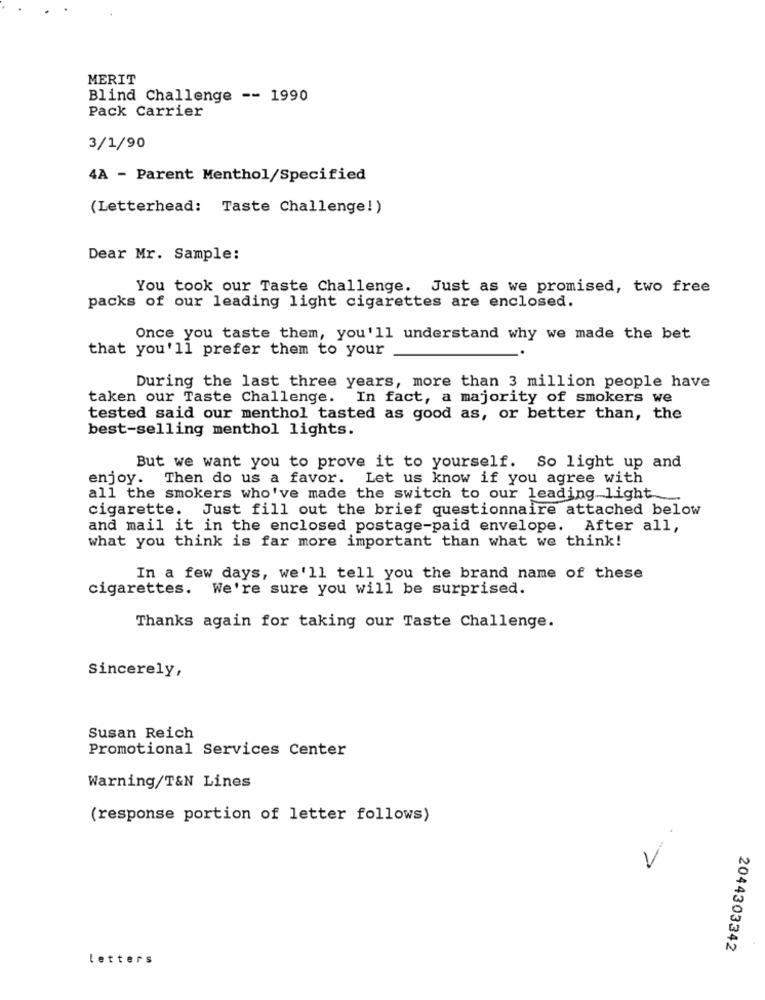
MERIT
Blind Challenge -- 1990
Pack Carrier
3/1/90
4A - Parent Menthol/Specified
(Letterhead: Taste Challenge!)
Dear Mr. Sample:
You took our Taste Challenge. Just as we promised, two free
packs of our leading light cigarettes are enclosed.
Once you taste them, you'll understand why we made the bet
that you'll prefer them to your
During the last three years, more than 3 million people have
taken our Taste Challenge. In fact, a majority of smokers we
tested said our menthol tasted as good as, or better than, the
best-selling menthol lights.
But we want you to prove it to yourself. So light up and
enjoy. Then do us a favor. Let us know if you agree with
all the smokers who've made the switch to our leading light
cigarette. Just fill out the brief questionnaire attached below
and mail it in the enclosed postage-paid envelope. After all,
what you think is far more important than what we think!
In a few days, we'll tell you the brand name of these
cigarettes. We're sure you will be surprised.
Thanks again for taking our Taste Challenge.
Sincerely,
Susan Reich
Promotional Services Center
Warning/T&N Lines
(response portion of letter follows)
L ..
2044303342
letters